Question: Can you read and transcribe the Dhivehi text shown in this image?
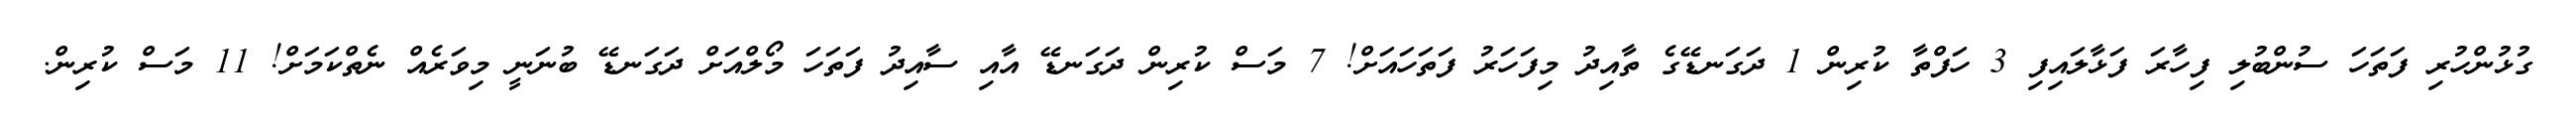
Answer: ގުޅުންހުރި ފަތަހަ ސުންބުލި ފިހާރަ ފަޅާލައިފި 3 ހަފްތާ ކުރިން 1 ދަގަނޑޭގެ ތާއިދު މިފަހަރު ފަތަހައަށް! 7 މަސް ކުރިން ދަގަނޑޭ އާއި ސާއިދު ފަތަހަ މޯލްއަށް ދަގަނޑޭ ބުނަނީ މިވަރެއް ނެތްކަމަށް! 11 މަސް ކުރިން.